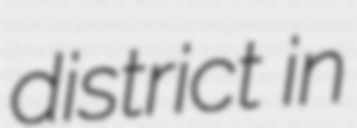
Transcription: district in